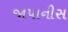
જાપાનીસ